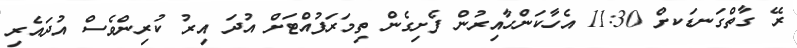
ރޭ ގާތްގަނޑަކށް 11:30 އެހާކަންހާއިރުން ފެށިގެން ތިމަރަފުއްޓަށް އުދަ އިރު ކުރިންވެސް އުދައެރި